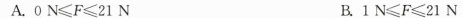
A.$$0 N ≤ F ≤ 2 1 N$$ B.$$1 N ≤ F ≤ 2 1 N$$